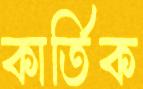
কার্তিক